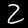
Label: 2